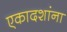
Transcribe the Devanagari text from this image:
एकादशांना